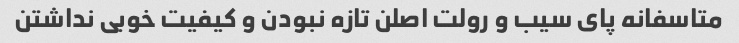
متاسفانه پای سیب و رولت اصلن تازه نبودن و کیفیت خوبی نداشتن